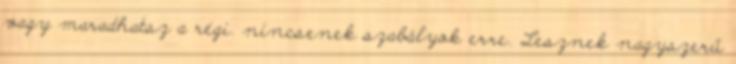
vagy maradhatsz a régi. nincsenek szabályok erre. Lesznek nagyszerű